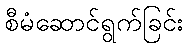
စီမံဆောင်ရွက်ခြင်း